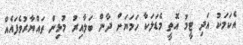
އެކަމަކު އަދި ޓީމު އޮތީ މެޑަަލަކާ ހަމަޔަށް ދާން ބަލާއިރު މުޅިން ތައްޔާރުވެފައެއް